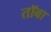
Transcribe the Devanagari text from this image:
तॉबा